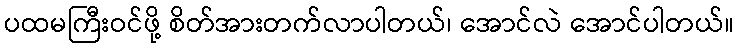
ပထမကြီးဝင်ဖို့ စိတ်အားတက်လာပါတယ်၊ အောင်လဲ အောင်ပါတယ်။